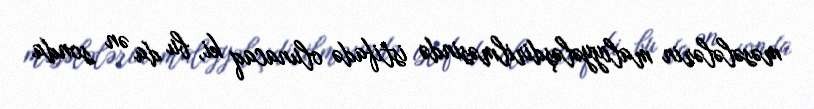
məsələlərin maliyyələşdirilməsində istifadə olunacaq ki, bu da ən sonda